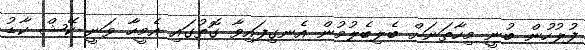
ފުލުހުން ބުނީ މިހާތަނަށް ބެލިބެލުމުން އެނގިފައިވާ ގޮތުގައި އެމީހާ ވަނީ ކޭޝް ކާޑު